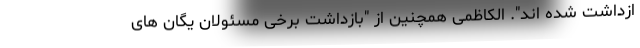
ازداشت شده اند". الکاظمی همچنین از "بازداشت برخی مسئولان یگان های